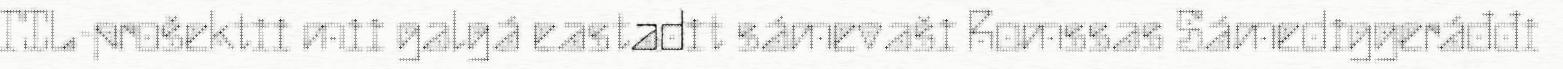
TIL-prošektii mii galgá eastadit sámevaši Romssas Sámediggeráđđi